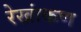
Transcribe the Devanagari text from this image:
रेखांकण